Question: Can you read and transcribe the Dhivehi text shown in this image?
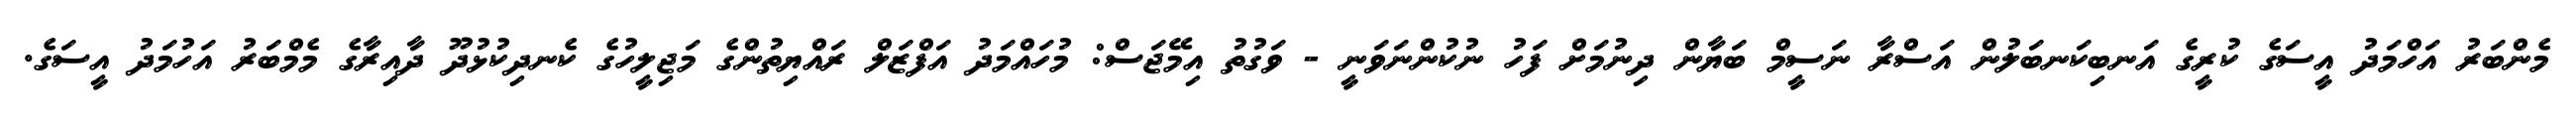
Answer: މެންބަރު އަހްމަދު އީސަގެ ކުރީގެ އަނބިކަނބަލުން އަސްރާ ނަސީމް ބަޔާން ދިނުމަށް ފަހު ނުކުންނަވަނީ - ވަގުތު އިމޭޖަސް: މުހައްމަދު އަފްޒަލް ރައްޔިތުންގެ މަޖިލީހުގެ ކެނދިކުޅުދޫ ދާއިރާގެ މެމްބަރު އަހުމަދު އީސަގެ.